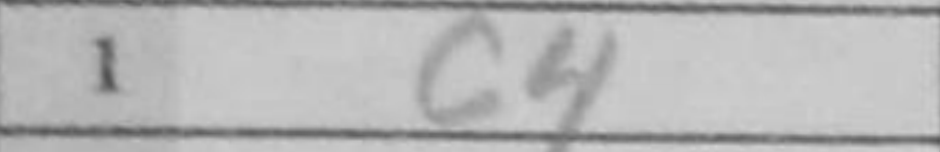
Transcription: c4